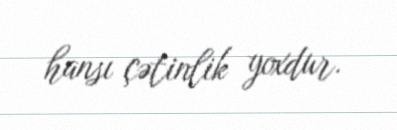
hansı çətinlik yoxdur.